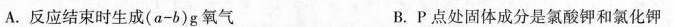
A.反应结束时生成$$( a - b ) g$$氧气 B.Р点处固体成分是氯酸钾和氯化钾